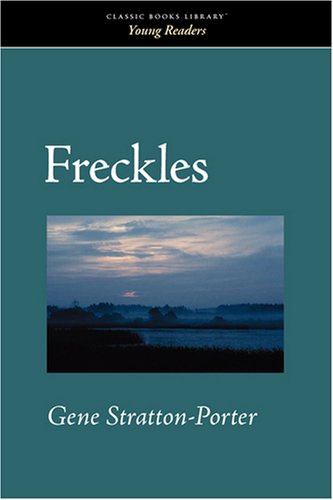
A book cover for Freckles; Gene Stratton-Porter; Teen & Young Adult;